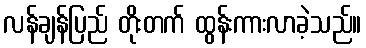
လန်ချန်ပြည် တိုးတက် ထွန်းကားလာခဲ့သည်။